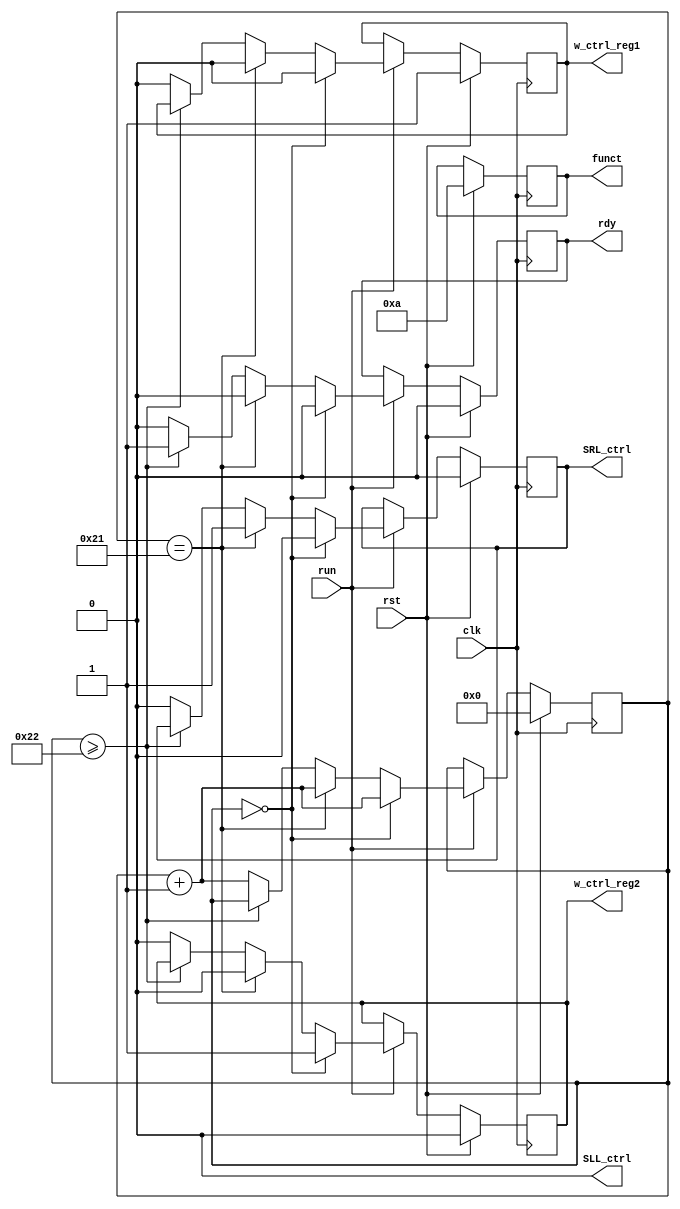
module Control (
    output reg rdy,
    output SLL_ctrl,
    output reg SRL_ctrl,
    output reg w_ctrl_reg1,
    output reg w_ctrl_reg2,
    output reg [5:0] funct,
    input run,
    input rst,
    input clk
);

    reg [5:0] count;    // counter
    assign SLL_ctrl = 0;   // shift left (no use)

    always @(posedge clk)
    begin
        if(rst) // reset
        begin
            rdy <= 0;   // ready
            w_ctrl_reg1 <= 1;   // load reg1
            w_ctrl_reg2 <= 0;   // reg2 = 0
            SRL_ctrl <= 0;  // shift right
            count <= 0; // counter
            funct <= 6'b001010; // ALU subtract
        end
        else if (run)
        begin
            if(count == 0)
            begin
                rdy <= 0;
                w_ctrl_reg1 <= 0;
                w_ctrl_reg2 <= 1;   // load reg2
                SRL_ctrl <= 0;
                count <= count + 1; // increment counter
            end
            else if(count == 33)    
            begin   
                rdy <= 0;   // ready
                w_ctrl_reg1 <= 0;   
                w_ctrl_reg2 <= 0;
                SRL_ctrl <= 1;
                count <= count + 1;
            end 
            else if(count >= 34)
            begin
                rdy <= 1;   // ready
            end 
            else
            begin
                rdy <= 0;
                w_ctrl_reg1 <= 0;
                w_ctrl_reg2 <= 0;
                SRL_ctrl <= 0;
                count <= count + 1;
            end
        end
    end

endmodule